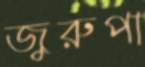
জুরুপা